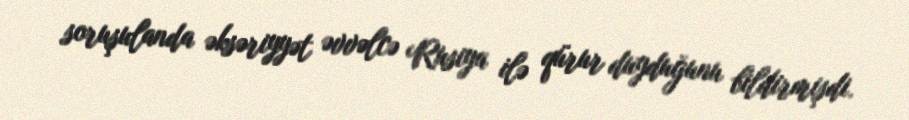
soruşulanda əksəriyyət əvvəlcə Rusiya ilə qürur duyduğunu bildirmişdi.